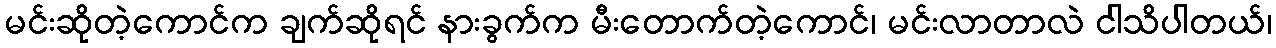
မင်းဆိုတဲ့ကောင်က ချက်ဆိုရင် နားခွက်က မီးတောက်တဲ့ကောင်၊ မင်းလာတာလဲ ငါသိပါတယ်၊